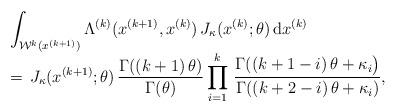
LaTeX: \begin{align*}\begin{array}{l}\displaystyle\int_{{\mathcal W}^k(x^{(k+1)})}\Lambda^{(k)}(x^{(k+1)},x^{(k)})\,J_\kappa(x^{(k)};\theta)\,\mathrm{d}x^{(k)}\\\displaystyle=\,J_\kappa(x^{(k+1)};\theta)\,\frac{\Gamma((k+1)\,\theta)}{\Gamma(\theta)} \prod_{i=1}^k \,\frac{\Gamma((k+1-i)\,\theta+\kappa_i\big)}{\Gamma((k+2-i)\,\theta+\kappa_i)},\end{array}\end{align*}